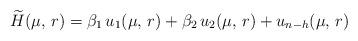
LaTeX: \begin{align*}\widetilde{H}(\mu,\,r) = \beta_1\, u_1(\mu,\,r) + \beta_2\, u_2(\mu,\,r) + u_{n-h}(\mu,\,r)\end{align*}